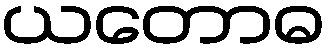
ယတောဓ